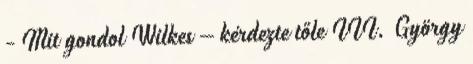
- Mit gondol Wilkes – kérdezte tőle III. György